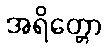
အရိတ္တော